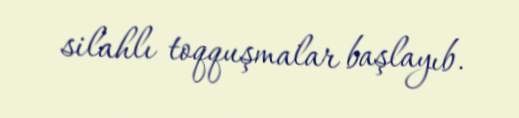
silahlı toqquşmalar başlayıb.